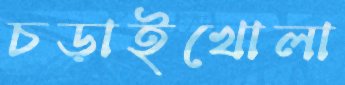
চড়াইখোলা